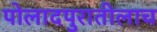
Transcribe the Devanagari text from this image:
पोलादपुरातीलाच